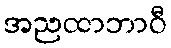
အညထာဘာဝီ